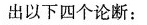
出以下四个论断：